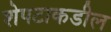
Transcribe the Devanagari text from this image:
शेपटाकडील